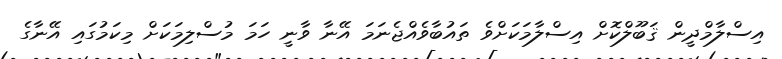
އިސްލާމްދީން ޤަބޫލްކޮށް އިސްލާމަކަށްވެ ތައުބާވެއްޖެނަމަ އޭނާ ވާނީ ހަމަ މުސްލިމަކަށް މިކަމުގައި އޭނާގެ